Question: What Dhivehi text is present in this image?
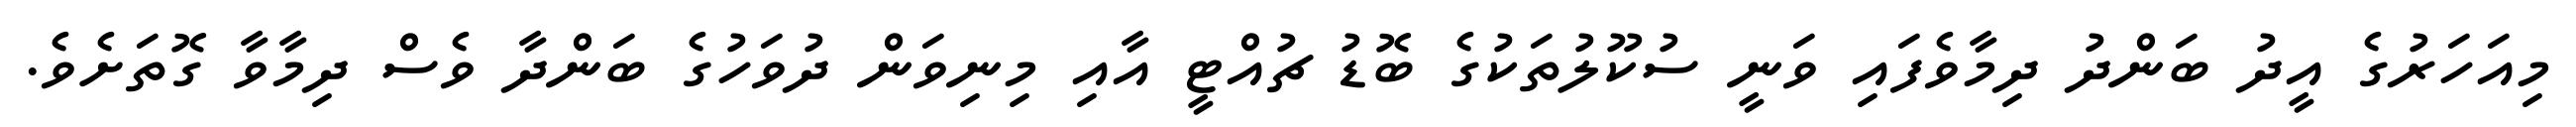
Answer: މިއަހަރުގެ އީދު ބަންދު ދިމާވެފައި ވަނީ ސުކޫލުތަކުގެ ބޮޑު ޗުއްޓީ އާއި މިނިވަން ދުވަހުގެ ބަންދާ ވެސް ދިމާވާ ގޮތަށެވެ.